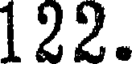
122.